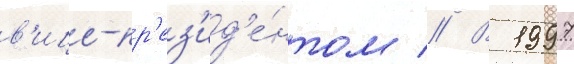
в'ице-пр'ез'ид'е́нтом // В 1997